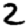
Digit: 2